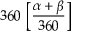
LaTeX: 3 6 0 \, \left[ \! \! \left[ { \frac { \alpha + \beta } { 3 6 0 } } \right] \! \! \right] \quad \quad